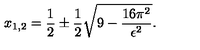
x _ { 1 , 2 } = \frac { 1 } { 2 } \pm \frac { 1 } { 2 } \sqrt { 9 - \frac { 1 6 \pi ^ { 2 } } { \epsilon ^ { 2 } } } .